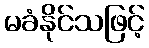
မခံနိုင်သဖြင့်